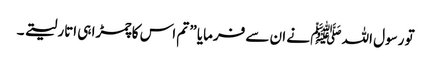
تو رسول اللہ ﷺ نے ان سے فرمایا ” تم اس کا چمڑا ہی اتار لیتے ۔